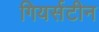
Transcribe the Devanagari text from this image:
गियर्सटीन